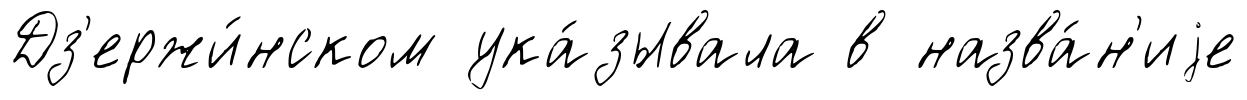
Дз'ержи́нском ука́зывала в назва́н'иjе